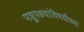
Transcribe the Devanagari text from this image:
पशुपक्ष्यांविषयीच्या